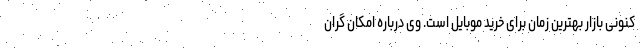
کنونی بازار بهترین زمان برای خرید موبایل است. وی درباره امکان گران